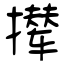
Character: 撵